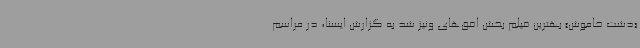
«دشت خاموش» بهترین فیلم بخش افق‌های ونیز شد به گزارش ایسنا، در مراسم